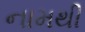
નામથી